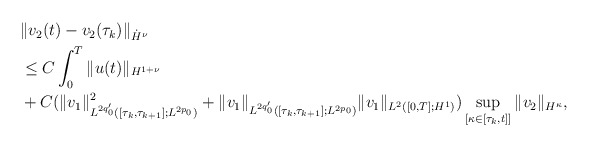
\begin{align*}\begin{aligned}&\|v_{2}(t)-v_{2}(\tau_{k})\|_{\dot{H}^{\nu}}\\&\leq C\int_{0}^{T}\|u(t)\|_{H^{1+\nu}}\\&+C(\|v_{1}\|_{L^{2q_{0}'}([\tau_{k},\tau_{k+1}];L^{2p_{0}})}^{2}+\|v_{1}\|_{L^{2q_{0}'}([\tau_{k},\tau_{k+1}];L^{2p_{0}})}\|v_{1}\|_{L^{2}([0,T];H^{1})})\sup_{[\kappa\in [\tau_{k},t] ]}\|v_{2}\|_{H^{\kappa}},\end{aligned}\end{align*}